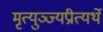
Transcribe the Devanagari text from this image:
मृत्युञ्ज्यप्रीत्यर्थे